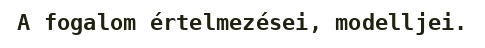
A fogalom értelmezései, modelljei.